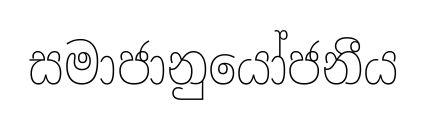
සමාජානුයෝජනීය